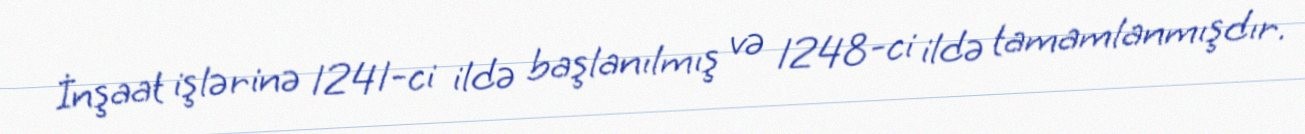
İnşaat işlərinə 1241-ci ildə başlanılmış və 1248-ci ildə tamamlanmışdır.